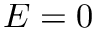
E = 0